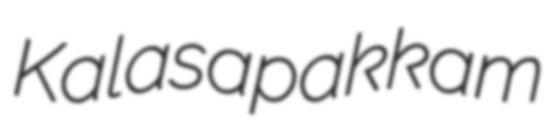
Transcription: Kalasapakkam